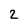
Character: 2